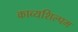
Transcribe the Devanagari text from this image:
काव्यशिल्पम